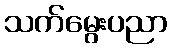
သက်မွေးပညာ